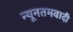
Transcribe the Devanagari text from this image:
न्यूनतमवादी